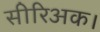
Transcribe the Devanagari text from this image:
सीरिअक।